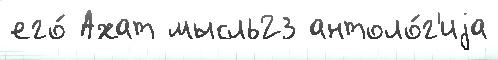
его́ Ахат мысль23 антоло́г'иjа